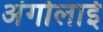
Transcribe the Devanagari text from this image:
अंगोलाई